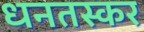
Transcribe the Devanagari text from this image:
धनतस्कर